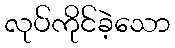
လုပ်ကိုင်ခဲ့သော